Report of the Imperial Institute of Veterinary Research, Muktesar
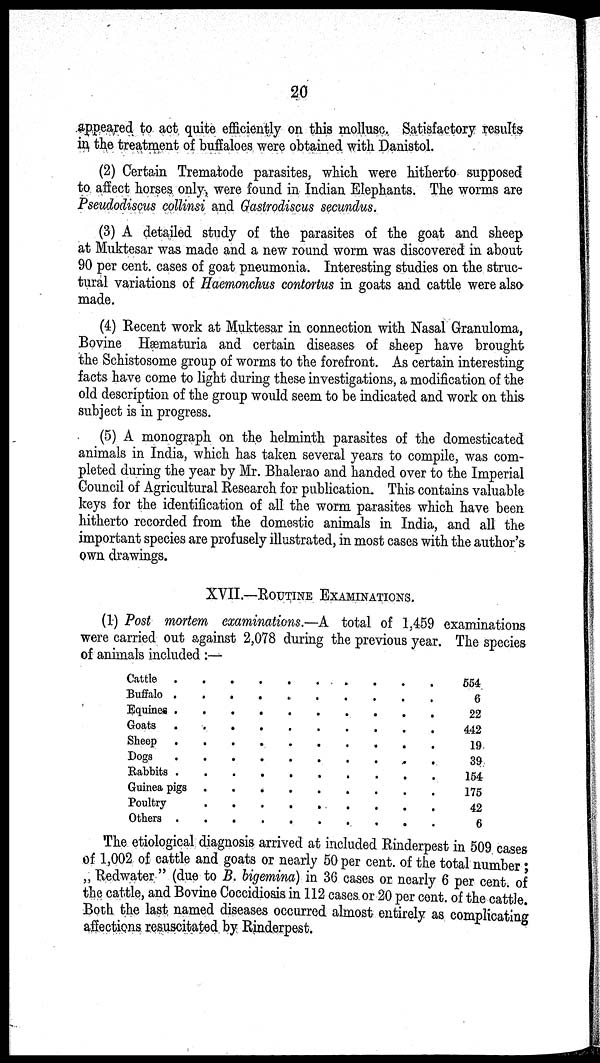
20
appeared to act quite efficiently on this mollusc. Satisfactory results
in the treatment of buffaloes were obtained with Danistol.
(2) Certain Trematode parasites, which were hitherto supposed
to affect horses only, were found in Indian Elephants. The worms are
Pseudodiscus collinsi and Gastrodiscus secundus.
(3) A detailed study of the parasites of the goat and sheep
at Muktesar was made and a new round worm was discovered in about
90 per cent. cases of goat pneumonia. Interesting studies on the struc-
tural variations of Haemonchus contortus in goats and cattle were also
made.
(4) Recent work at Muktesar in connection with Nasal Granuloma,
Bovine Hæmaturia and certain diseases of sheep have brought
the Schistosome group of worms to the forefront. As certain interesting
facts have come to light during these investigations, a modification of the
old description of the group would seem to be indicated and work on this
subject is in progress.
(5) A monograph on the helminth parasites of the domesticated
animals in India, which has taken several years to compile, was com-
pleted during the year by Mr. Bhalerao and handed over to the Imperial
Council of Agricultural Research for publication. This contains valuable
keys for the identification of all the worm parasites which have been
hitherto recorded from the domestic animals in India, and all the
important species are profusely illustrated, in most cases with the author's
own drawings.
XVII.—ROUTINE EXAMINATIONS.
(1) Post mortem examinations.—A total of 1,459 examinations
were carried out against 2,078 during the previous year. The species
of animals included :—
Cattle .
Buffalo .
Equines .
Goats .
Sheep .
Dogs
Rabbits .
Guinea pigs
Poultry
Others .
.
.
.
.
.
.
.
.
.
.
.
.
.
.
.
.
.
.
.
.
.
.
.
.
.
.
.
.
.
.
.
.
.
.
.
.
.
.
.
.
.
.
.
.
.
.
.
.
.
.
.
.
.
.
.
.
.
.
.
.
.
.
.
.
.
.
.
.
.
.
.
.
.
.
.
.
.
.
.
.
.
.
.
.
.
.
.
.
.
.
554
6
22
442
19
39
154
175
42
6
The etiological diagnosis arrived at included Rinderpest in 509 cases
of 1,002 of cattle and goats or nearly 50 per cent. of the total number ;
„ Redwater " (due to B. bigemina) in 36 cases or nearly 6 per cent. of
the cattle, and Bovine Coccidiosis in 112 cases or 20 per cent. of the cattle.
Both the last named diseases occurred almost entirely as complicating
affections resuscitated by Rinderpest.